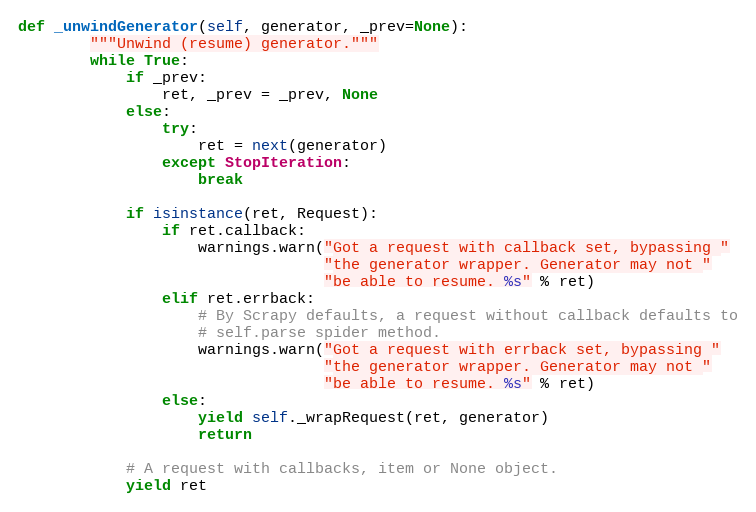
Language: Python
def _unwindGenerator(self, generator, _prev=None):
        """Unwind (resume) generator."""
        while True:
            if _prev:
                ret, _prev = _prev, None
            else:
                try:
                    ret = next(generator)
                except StopIteration:
                    break

            if isinstance(ret, Request):
                if ret.callback:
                    warnings.warn("Got a request with callback set, bypassing "
                                  "the generator wrapper. Generator may not "
                                  "be able to resume. %s" % ret)
                elif ret.errback:
                    # By Scrapy defaults, a request without callback defaults to
                    # self.parse spider method.
                    warnings.warn("Got a request with errback set, bypassing "
                                  "the generator wrapper. Generator may not "
                                  "be able to resume. %s" % ret)
                else:
                    yield self._wrapRequest(ret, generator)
                    return

            # A request with callbacks, item or None object.
            yield ret